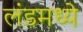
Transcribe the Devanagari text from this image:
लंडमध्ये